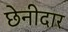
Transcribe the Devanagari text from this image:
छेनीदार